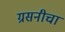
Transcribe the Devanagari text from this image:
ग्रसनीचा